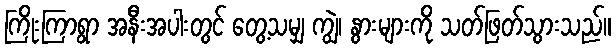
ကြိုးကြာရွာ အနီးအပါးတွင် တွေ့သမျှ ကျွဲ၊ နွားများကို သတ်ဖြတ်သွားသည်။